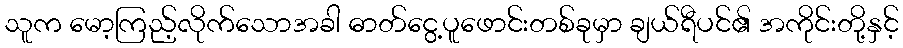
သူက မော့ကြည့်လိုက်သောအခါ ဓာတ်ငွေ့ပူဖောင်းတစ်ခုမှာ ချယ်ရီပင်၏ အကိုင်းတို့နှင့်